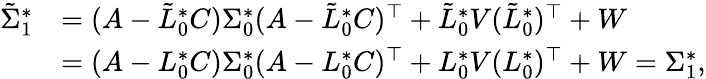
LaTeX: \begin{array}{rl}{\tilde{\Sigma}_{1}^{*}}&{=(A-\tilde{L}_{0}^{*}C)\Sigma_{0}^{*}(A-\tilde{L}_{0}^{*}C)^{\top}+\tilde{L}_{0}^{*}V(\tilde{L}_{0}^{*})^{\top}+W}\\ &{=(A-L_{0}^{*}C)\Sigma_{0}^{*}(A-L_{0}^{*}C)^{\top}+L_{0}^{*}V(L_{0}^{*})^{\top}+W=\Sigma_{1}^{*},}\end{array}